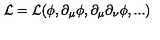
\cal L = \cal L ( \phi , \partial _ { \mu } \phi , \partial _ { \mu } \partial _ { \nu } \phi , . . . )